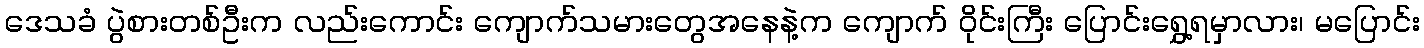
ဒေသခံ ပွဲစားတစ်ဦးက လည်းကောင်း ကျောက်သမားတွေအနေနဲ့က ကျောက် ဝိုင်းကြီး ပြောင်းရွှေ့ရမှာလား၊ မပြောင်း